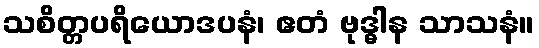
သစိတ္တပရိယောဒပနံ၊ ဧတံ ဗုဒ္ဓါန သာသနံ။